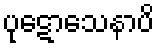
ပုဋောသေနာပိ